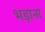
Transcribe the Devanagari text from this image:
भड़ाना